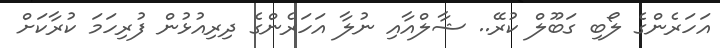
އަހަރެންގެ ލޯބި ގަބޫލް ކުރޭ.. ޝާލްއާއި ނުލާ އަހަރެންގެ ދިރިއުޅުން ފުރިހަމަ ކުރާކަށް